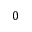
0